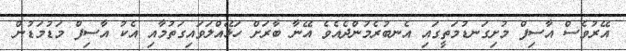
އޭރުވެސް އާސިފް މުށިގަނޑުމަތީގައި އެނބުރެމުންދެއެވެ އޭނާ ބާރަށް ހަޅޭއްލަވައިގަތުމާއި އެކު އާސިފް މަޑުމަޑުން